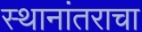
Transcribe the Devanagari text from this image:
स्थानांतराचा